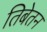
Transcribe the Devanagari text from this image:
तिबेतन